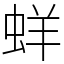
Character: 蛘